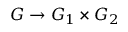
G \to G _ { 1 } \times G _ { 2 }